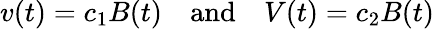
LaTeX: v(t)=c_{1}B(t)\quad\mathrm{and}\quad V(t)=c_{2}B(t)